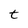
Character: t